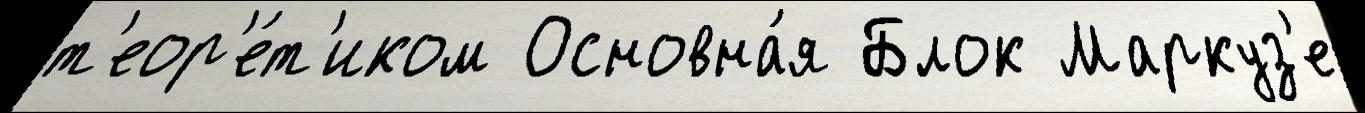
т'еор'е́т'иком Основна́я Блок Маркуз'е